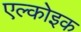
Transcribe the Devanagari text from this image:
एल्कोइक